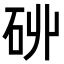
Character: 𮀑